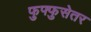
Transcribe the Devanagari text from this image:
फुफ्फुसेतर